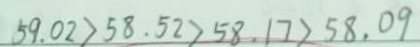
5 9 . 0 2 > 5 8 . 5 2 > 5 8 . 1 7 > 5 8 . 0 9